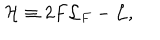
LaTeX: { \cal H } \equiv 2 F { \cal L } _ { F } - { \cal L } ,